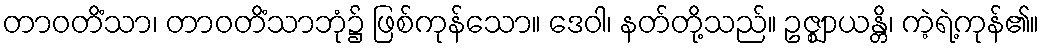
တာဝတိံသာ၊ တာဝတိံသာဘုံ၌ ဖြစ်ကုန်သော။ ဒေဝါ၊ နတ်တို့သည်။ ဥဇ္ဈာယန္တိ၊ ကဲ့ရဲ့ကုန်၏။